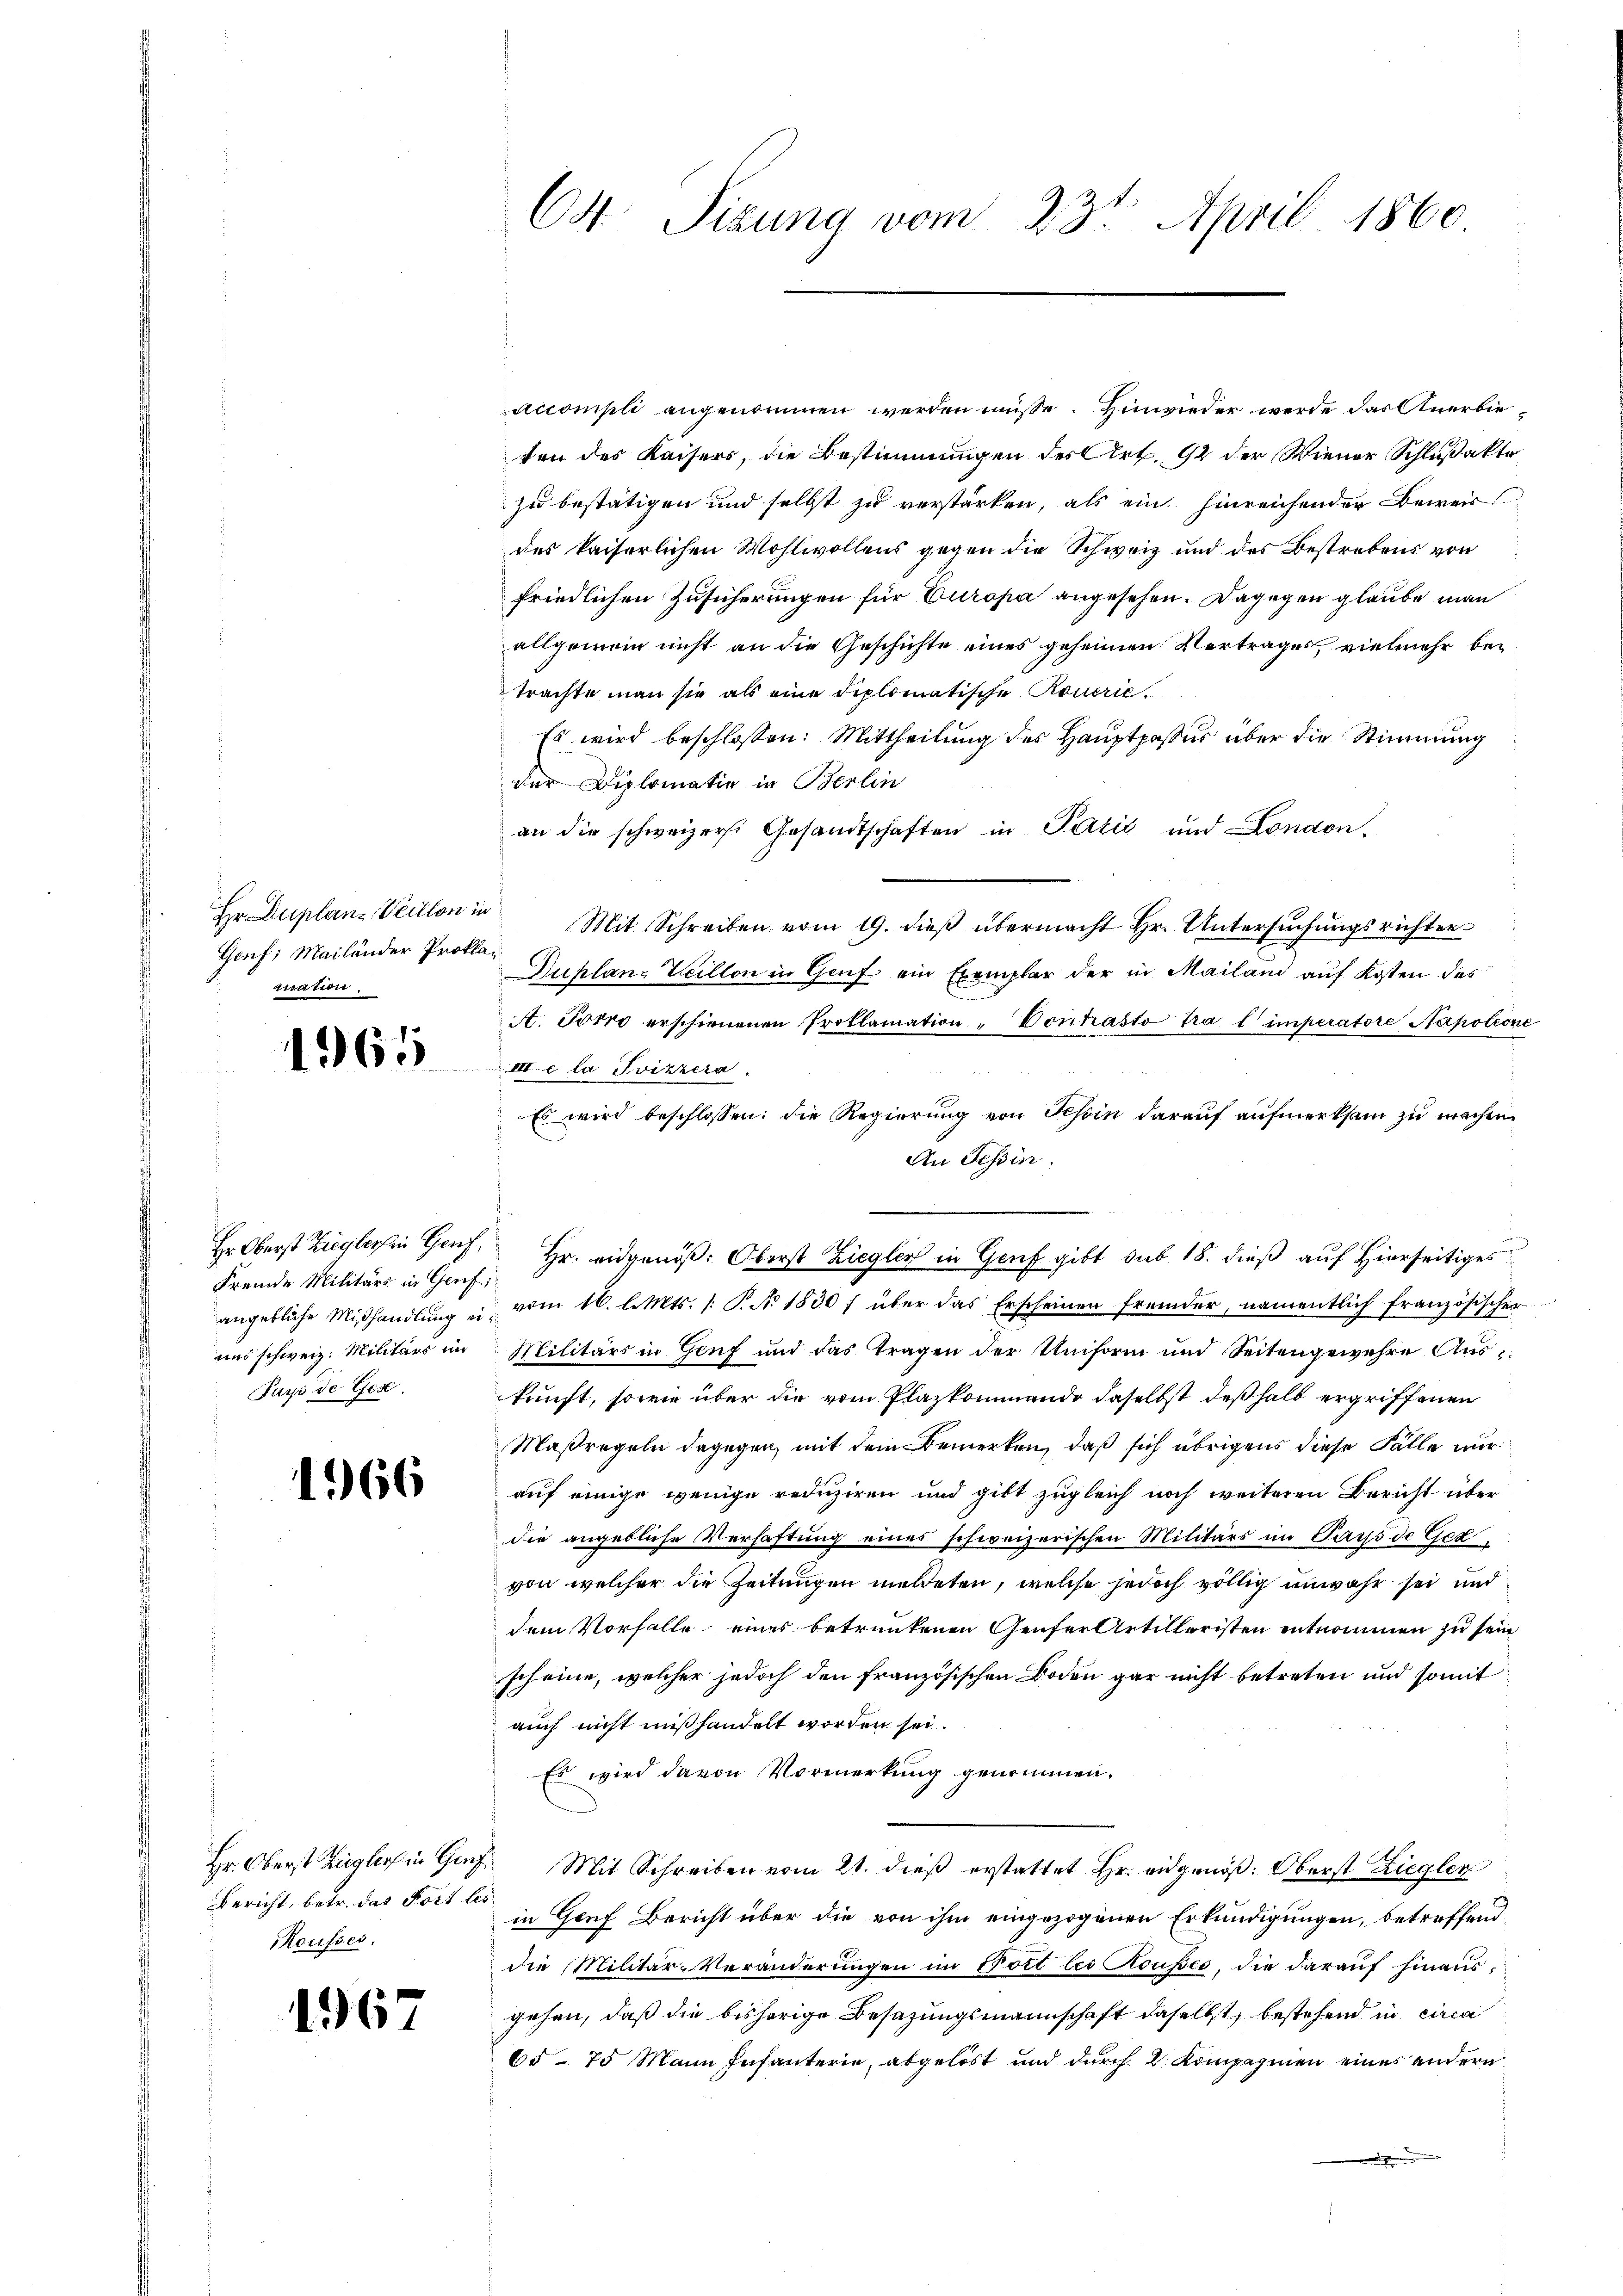
Hr. Duplanz Veillon in
Genf; Mailänder Prokla
mation.

1965

Hr Oberst Zieglers in Genf,
Fremde Militärs in Genf
angebliche Mißhandlung eiues schweiz. Militärs in
Pays de Ges.

1966

Hr. Oberst Ziegleich in Genf
Bericht, betr. das Fort les
Rousses,

1967

C4 Sizung vom 23t April 1860

accompli angenommen werden müsse. Hinwieder werde das Anerbieten des Kaisers, die Bestimmungen des Art. 92 der Wiener Schlußakte
zu bestätigen und selbst zu verstärken, als ein hinreichender Beweis
des kaiserlichen Wohlwollens gegen die Schweiz und des Bestrebens von
friedlichen Zusicherungen für Europa angesehen. Dagegen glaube man
allgemein nicht an die Geschichte eines geheimen Vertrages, vielmehr beitrachte man sie als eine diplomatische Rouerie¬
Es wird beschlossen: Mittheilung des Hauptpassur über die Stimmung
der Diplomatin in Berlin
an die schweizerst Gesandtschaften in Pazić und London.
Mit Schreiben vom 19. dieß übermacht Hr. Untersuchungsrichter
Duplan- Veillon in Genf ein Exemplar der in Mailand auf Kosten des
A. Torro erschienenen Proklamation "Vonpasto tra l imperatore Napoleone
III e la Svizzera.
Es wird beschlossen: die Regierung von Tessin darauf aufmerksam zu machen.
An Tessin.
Hr. eidgenöß: Oberst Ziegler in Genf gibt sub 18. dieß auf Hierseitiges
vom 16. l. Mts. /: P. No. 1830 über das Erscheinen fremder, namentlich französischer
Militärs in Genf und das tragen der Uniform und Seitengewehre Aŭs-
kunft, sowie über die vom Plazkommendo daselbst deßhalb ergriffenen
Maßregeln dagegen, mit dem Bemerken, daß sich übrigens diese Fälle nur
auf einige wenige reduziren und gibt zugleich noch weiteren Bericht über
die angebliche Verhaftung eines schweizerischen Militärs im Pays de Gervon welcher die Zeitungen meldeten, welche jedoch völlig unwahr sei und
dem Vorfalle eines betrunkenen Genfer Artilleristen entnommen zu sein
scheine, welcher jedoch den französischen Boden gar nicht betreten und somit
auch nicht mißhandelt worden sei.
Es wird davon Vormerkung genommen.
Mit Schreiben vom 21. dieß erstattet Hr. eidgenöß: Oberst Ziegler
in Genf Bericht über die von ihm eingezogenen Erkundigungen, betreffend
die Militär-Veränderungen im Dort les Housses, die darauf hinausgehen, daß die bisherige Besazungsmannschaft daselbst, bestehend in circa
65. 75 Mann Infanterie, abgelöst und durch 2 Kompaginen eines andern